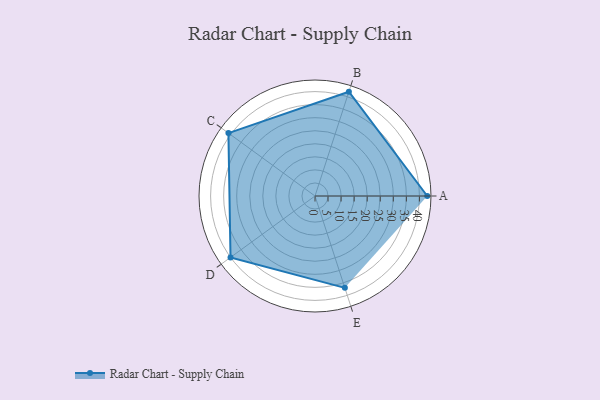
{"axis": {"x": "Skill", "y": "Score"}, "legend": ["Profile"], "data": [{"x": "A", "y": 43.0, "type": "Profile"}, {"x": "B", "y": 42.0, "type": "Profile"}, {"x": "C", "y": 41.0, "type": "Profile"}, {"x": "D", "y": 40.0, "type": "Profile"}, {"x": "E", "y": 37.0, "type": "Profile"}]}